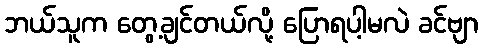
ဘယ်သူက တွေ့ချင်တယ်လို့ ပြောရပါ့မလဲ ခင်ဗျာ